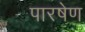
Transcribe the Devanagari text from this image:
पारषेण